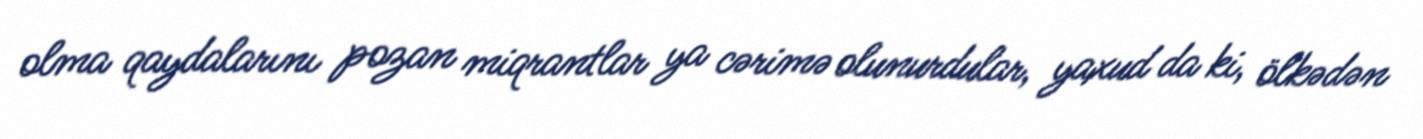
olma qaydalarını pozan miqrantlar ya cərimə olunurdular, yaxud da ki, ölkədən